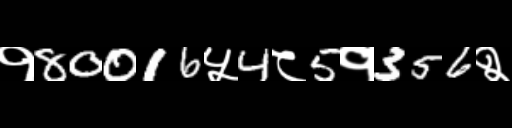
Text: १80016५4८5१356२